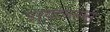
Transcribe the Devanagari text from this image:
पर्यटनसेवा